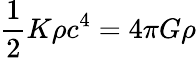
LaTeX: {\frac{1}{2}}K\rho c^{4}=4\pi G\rho